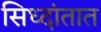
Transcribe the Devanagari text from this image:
सिध्दांतात